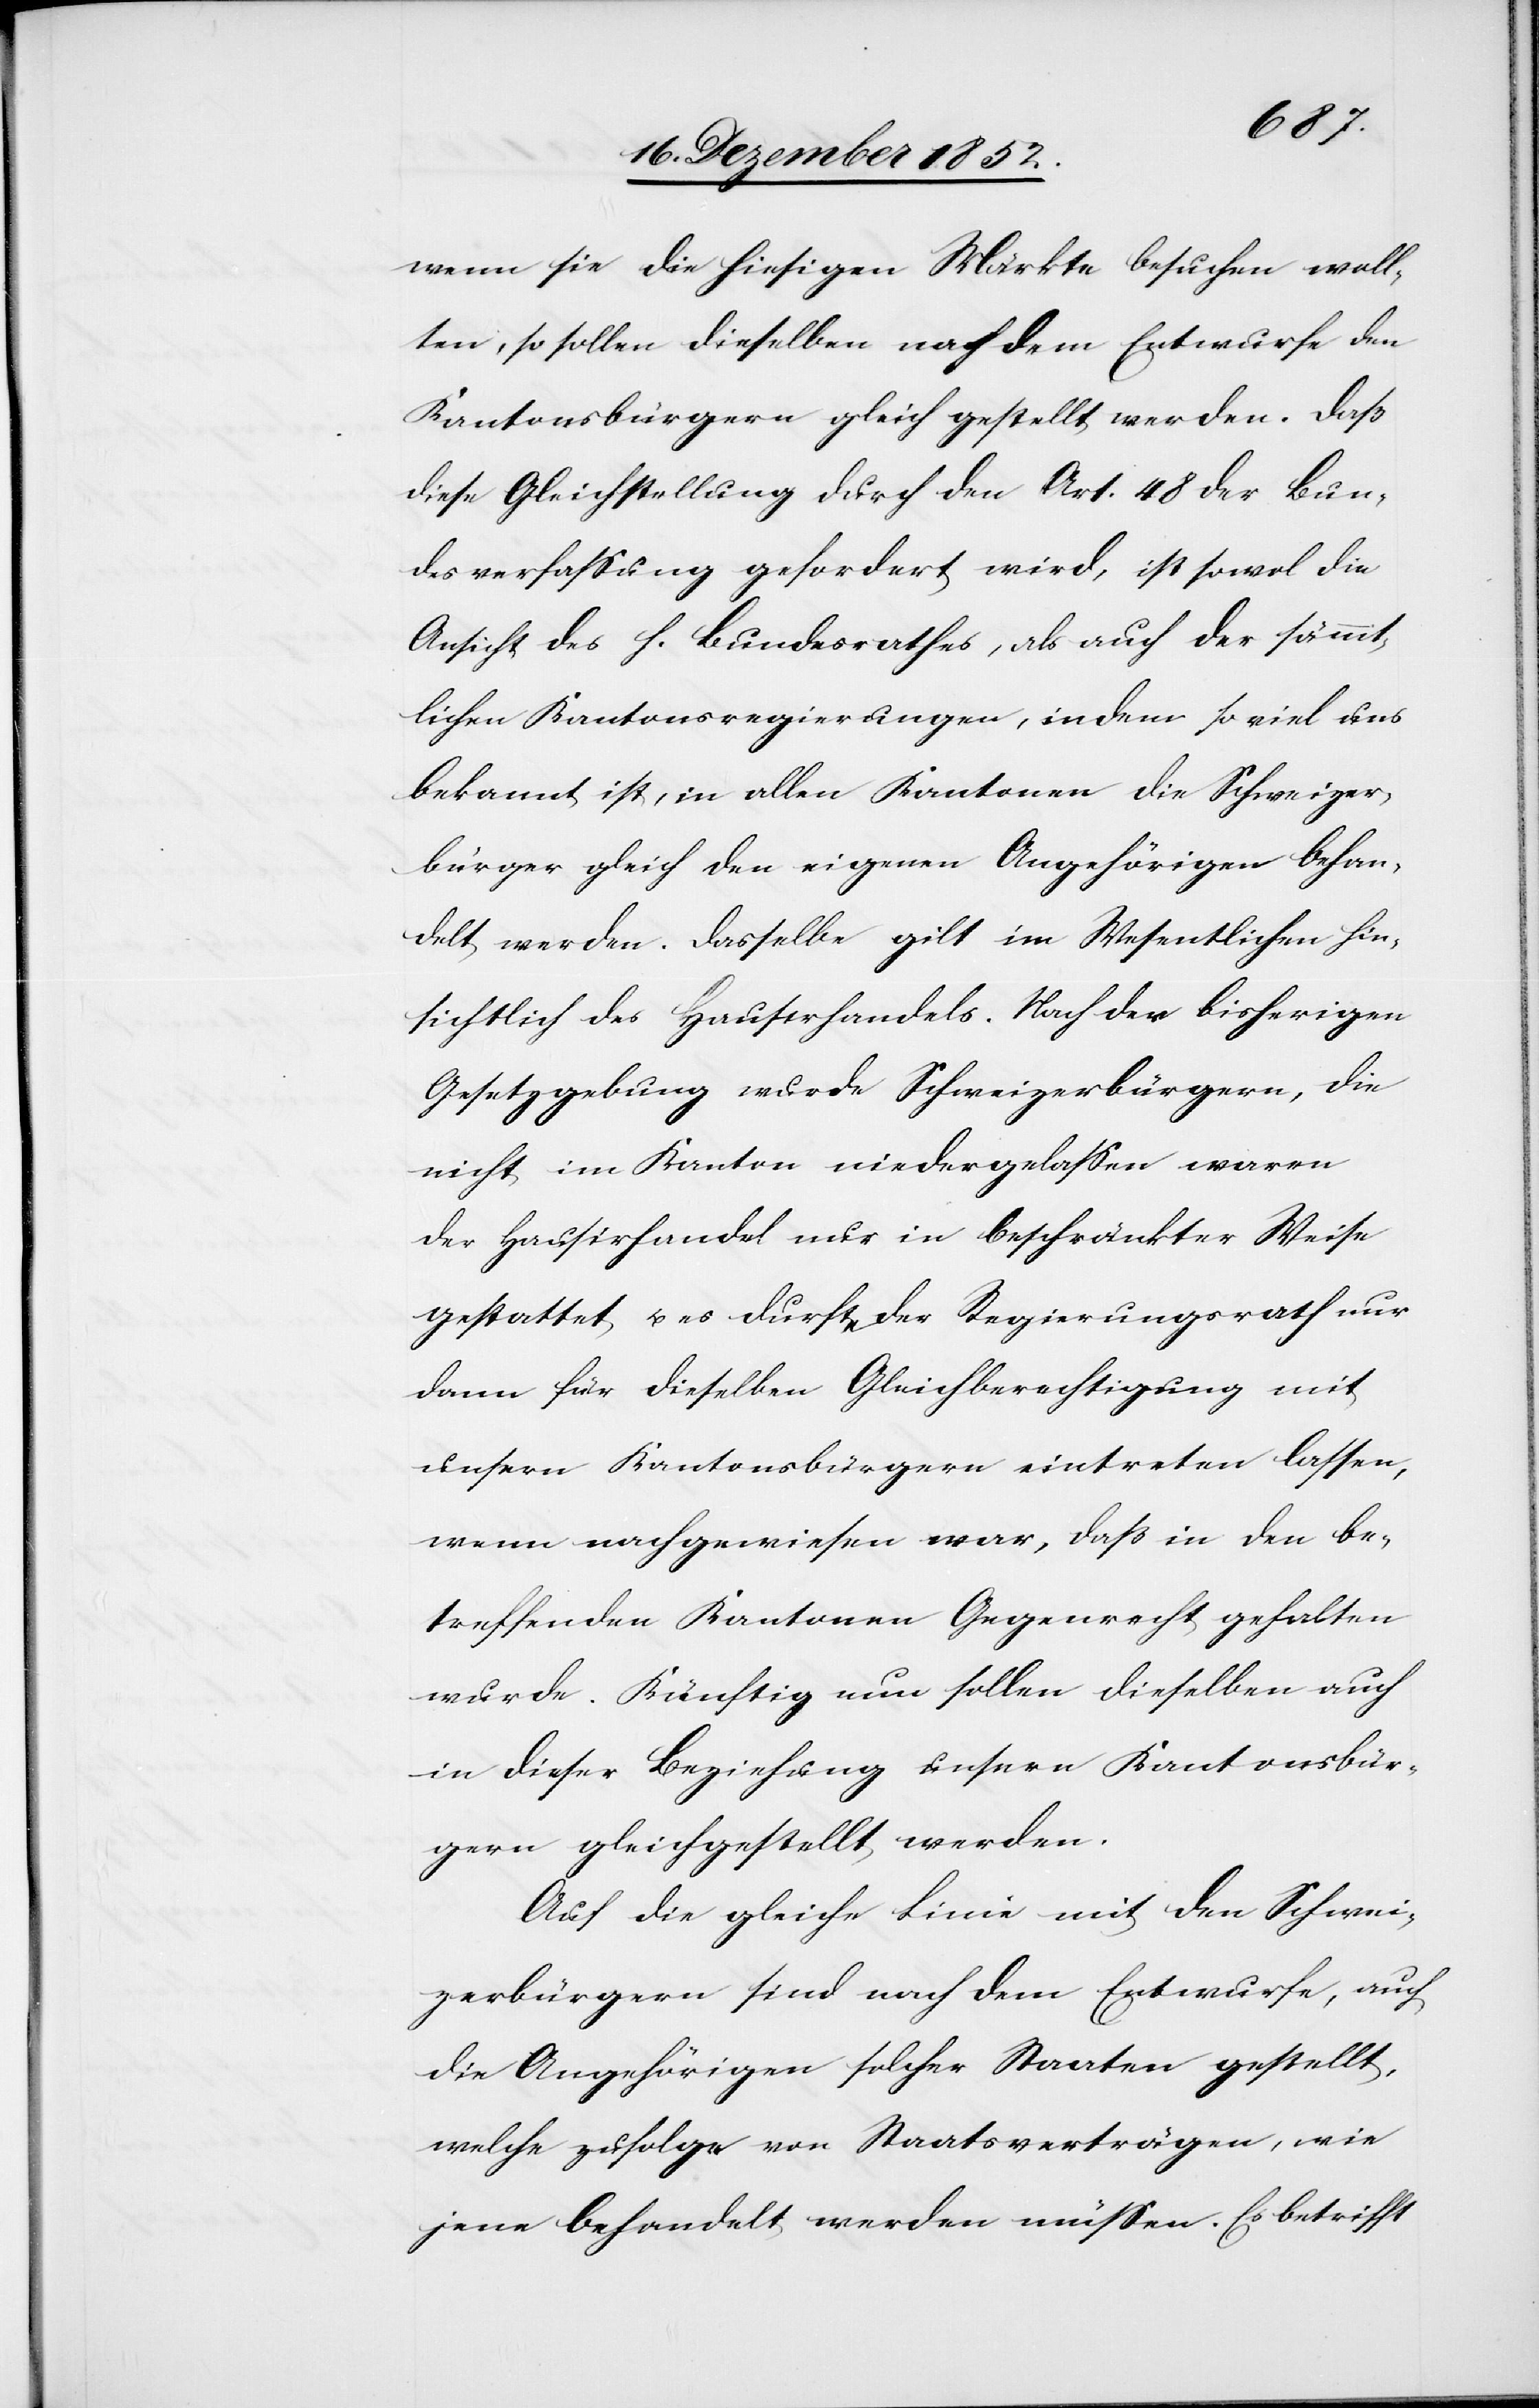
wenn sie die hiesigen Märkte besuchen woll¬
ten, so sollen dieselben nach dem Entwurfe den
Kantonsbürgern gleich gestellt werden. Daß
diese Gleichstellung durch den Art. 48 der Bun¬
desverfassung gefordert wird, ist sowol die
Ansicht des h. Bundesrathes, als auch der sämmt¬
lichen Kantonsregierungen, indem so viel uns
bekannt ist, in allen Kantonen die Schweizer¬
bürger gleich den eigenen Angehörigen behan¬
delt werden. Dasselbe gilt im Wesentlichen hin¬
sichtlich des Hausirhandels. Nach der bisherigen
Gesetzgebung wurde Schweizerbürgern, die
nicht im Kanton niedergelassen waren
der Hausirhandel nur in beschränkter Weise
gestattet u. es durfte der Regierungsrath nur
dann für dieselben Gleichberechtigung mit
unsern Kantonsbürgern eintreten lassen,
wenn nachgewiesen war, daß in den be¬
treffenden Kantonen Gegenrecht gehalten
wurde. Künftig nun sollen dieselben auch
in dieser Beziehung unsern Kantonsbür¬
gern gleichgestellt werden.
Auf die gleiche Linie mit den Schwei¬
zerbürgern sind nach dem Entwurfe, auch
die Angehörigen solcher Staaten gestellt,
welche zufolge von Staatsverträgen, wie
jene behandelt werden müssen. Es betrifft